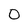
Character: 0